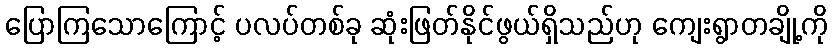
ပြောကြသောကြောင့် ပလပ်တစ်ခု ဆုံးဖြတ်နိုင်ဖွယ်ရှိသည်ဟု ကျေးရွာတချို့ကို